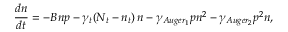
\frac { d n } { d t } = - B n p - \gamma _ { t } ( N _ { t } - n _ { t } ) \, n - \gamma _ { A u g e r _ { 1 } } p n ^ { 2 } - \gamma _ { A u g e r _ { 2 } } p ^ { 2 } n ,